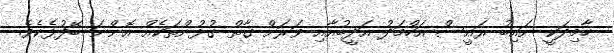
ހާމިދަކީ ނައިބު ރައީސް އަހްމަދު އަދީބުއާއި ވަރަށް ގާތް ގުޅުންތަކެއް އޮންނަ ބޭފުޅެކެވެ.